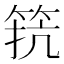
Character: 𮅑